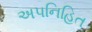
અપનિહિત